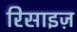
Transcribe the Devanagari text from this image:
रिसाइज़